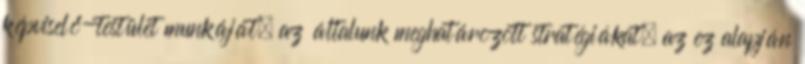
képviselő-testület munkáját, az általunk meghatározott stratégiákat, az ez alapján